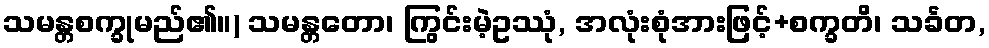
သမန္တစက္ခုမည်၏။) သမန္တတော၊ ကြွင်းမဲ့ဥဿုံ, အလုံးစုံအားဖြင့်+စက္ခတိ၊ သင်္ခတ,